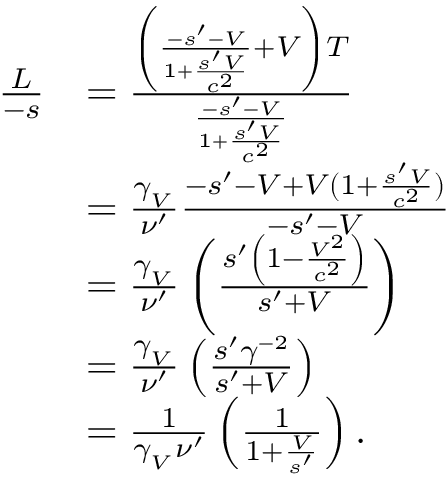
{ \begin{array} { r l } { { \frac { L } { - s } } } & { = { \frac { \left( { \frac { - s ^ { \prime } - V } { 1 + { \frac { s ^ { \prime } V } { c ^ { 2 } } } } } + V \right) T } { \frac { - s ^ { \prime } - V } { 1 + { \frac { s ^ { \prime } V } { c ^ { 2 } } } } } } } \\ & { = { \frac { \gamma _ { _ { V } } } { \nu ^ { \prime } } } { \frac { - s ^ { \prime } - V + V ( 1 + { \frac { s ^ { \prime } V } { c ^ { 2 } } } ) } { - s ^ { \prime } - V } } } \\ & { = { \frac { \gamma _ { _ { V } } } { \nu ^ { \prime } } } \left( { \frac { s ^ { \prime } \left( 1 - { \frac { V ^ { 2 } } { c ^ { 2 } } } \right) } { s ^ { \prime } + V } } \right) } \\ & { = { \frac { \gamma _ { _ { V } } } { \nu ^ { \prime } } } \left( { \frac { s ^ { \prime } \gamma ^ { - 2 } } { s ^ { \prime } + V } } \right) } \\ & { = { \frac { 1 } { \gamma _ { _ { V } } \nu ^ { \prime } } } \left( { \frac { 1 } { 1 + { \frac { V } { s ^ { \prime } } } } } \right) . } \end{array} }